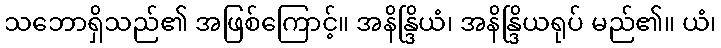
သဘောရှိသည်၏ အဖြစ်ကြောင့်။ အနိန္ဒြိယံ၊ အနိန္ဒြိယရုပ် မည်၏။ ယံ၊